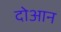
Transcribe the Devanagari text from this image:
दोआन